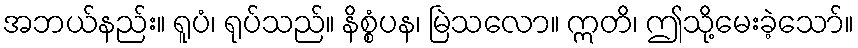
အဘယ်နည်း။ ရူပံ၊ ရုပ်သည်။ နိစ္စံပန၊ မြဲသလော။ ဣတိ၊ ဤသို့မေးခဲ့သော်။